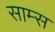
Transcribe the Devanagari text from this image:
साम्स